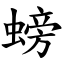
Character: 螃